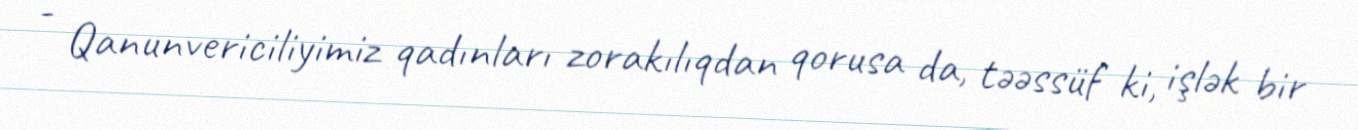
- Qanunvericiliyimiz qadınları zorakılıqdan qorusa da, təəssüf ki, işlək bir